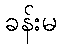
ခန်းမ